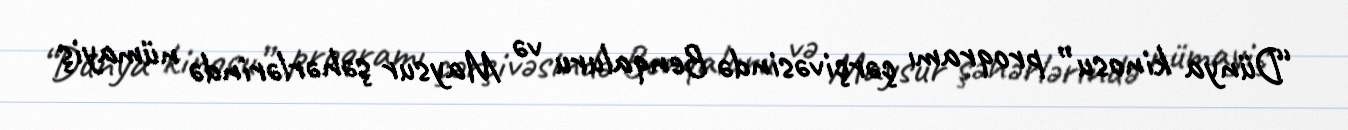
“Dünya kinosu” proqramı çərçivəsində Benqaluru və Maysur şəhərlərində nümayiş